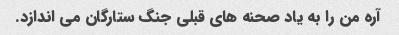
آره من را به یاد صحنه های قبلی جنگ ستارگان می اندازد.